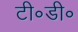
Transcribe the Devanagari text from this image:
टी॰डी॰